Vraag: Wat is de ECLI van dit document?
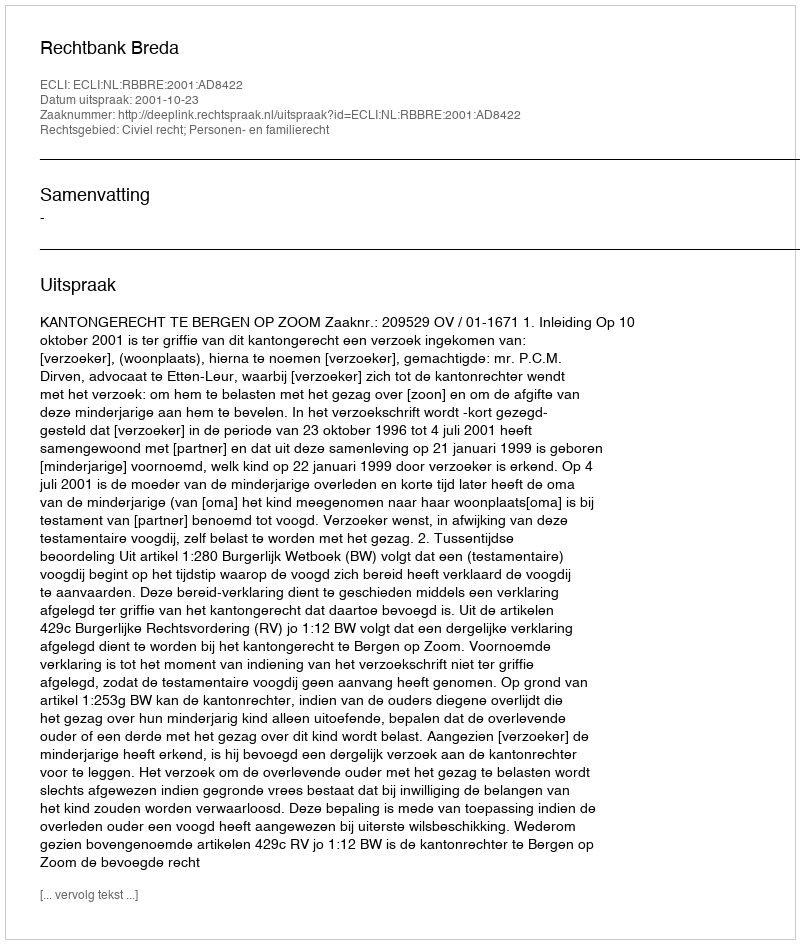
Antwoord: ECLI:NL:RBBRE:2001:AD8422